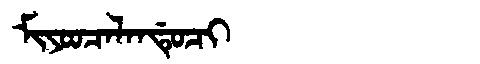
Manchu: ᠮᡳᠶᠣᠣᠴᠠᠯᠠᠨᡩᡠᠴᡳ
Romanization: MIYOOCALANDUCI